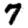
Digit: 7